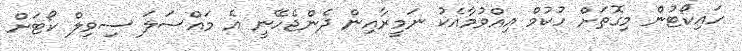
ހައިކޯޓުން މިގޮތަށް ހުކުމް އިއްވުމާއެކު ނަމީރާއިން ދެންޖެހޭނީ އެ މައްސަލަ ސިވިލް ކޯޓަށް